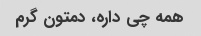
همه چی داره، دمتون گرم